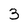
Character: 3